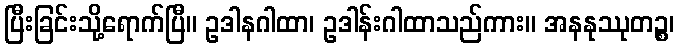
ပြီးခြင်းသို့ရောက်ပြီ။ ဥဒါနဂါထာ၊ ဥဒါန်းဂါထာသည်ကား။ အနနုဿုတဉ္စ၊